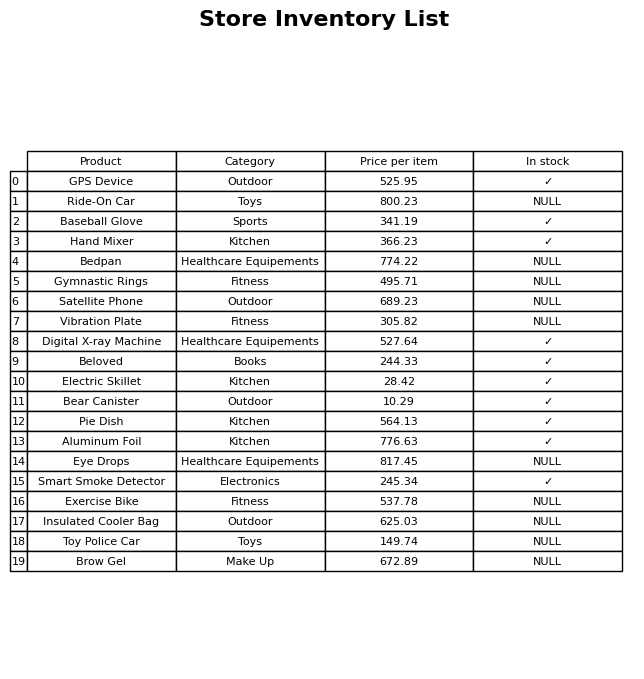
question: What is the price for Vibration Plate?
answer: The price of Vibration Plate is 305.82.